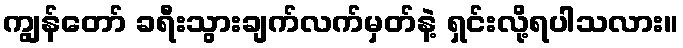
ကျွန်တော် ခရီးသွားချက်လက်မှတ်နဲ့ ရှင်းလို့ရပါသလား။